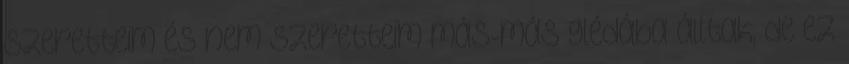
szeretteim és nem szeretteim más-más glédába álltak, de ez